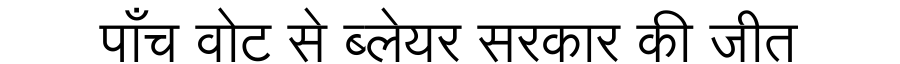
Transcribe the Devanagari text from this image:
पाँच वोट से ब्लेयर सरकार की जीत